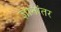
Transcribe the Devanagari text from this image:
ज्ञानांतर